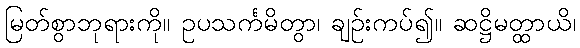
မြတ်စွာဘုရားကို။ ဥပသင်္ကမိတွာ၊ ချဉ်းကပ်၍။ ဆဋ္ဌိမတ္ထာယိ၊